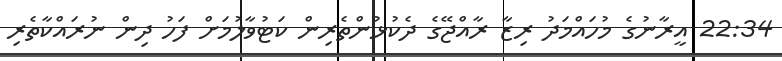
22:34 އީރާނުގެ މުހައްމަދު ރިޒާ ރާއްޖޭގެ ދެކުޅުންތެރިން ކަޓުވާލުމަށް ފަހު ދިން ނުރައްކާތެރި